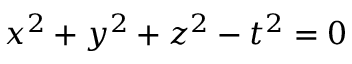
x ^ { 2 } + y ^ { 2 } + z ^ { 2 } - t ^ { 2 } = 0